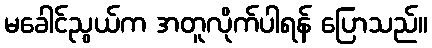
မခေါင်ညွယ်က အတူလိုက်ပါရန် ပြောသည်။